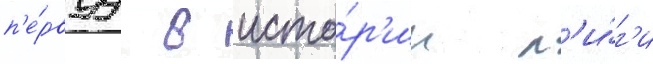
п'е́рвуу в исто́р'ии л'и́г'и